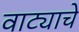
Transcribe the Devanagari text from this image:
वाट्याचे